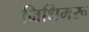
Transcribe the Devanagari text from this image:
निधिमरू